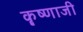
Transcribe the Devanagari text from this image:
कॄष्‍णाजी